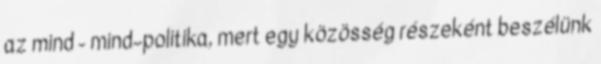
az mind - mind–politika, mert egy közösség részeként beszélünk